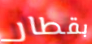
بقطار